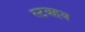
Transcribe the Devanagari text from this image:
स्टबहब